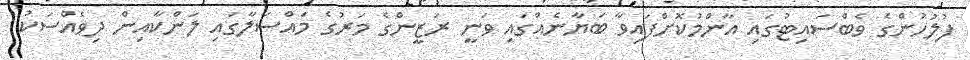
ފުލުހުންގެ ވެބްސައިޓުގައި އާންމުކޮށްފައިވާ ބަޔާނެއްގައި ވަނީ ރަޒީންގެ މަރުގެ މައްސަލާގައި ލަންކާއިން ދިވެއްސަކު